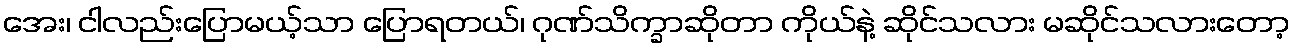
အေး၊ ငါလည်းပြောမယ့်သာ ပြောရတယ်၊ ဂုဏ်သိက္ခာဆိုတာ ကိုယ်နဲ့ ဆိုင်သလား မဆိုင်သလားတော့